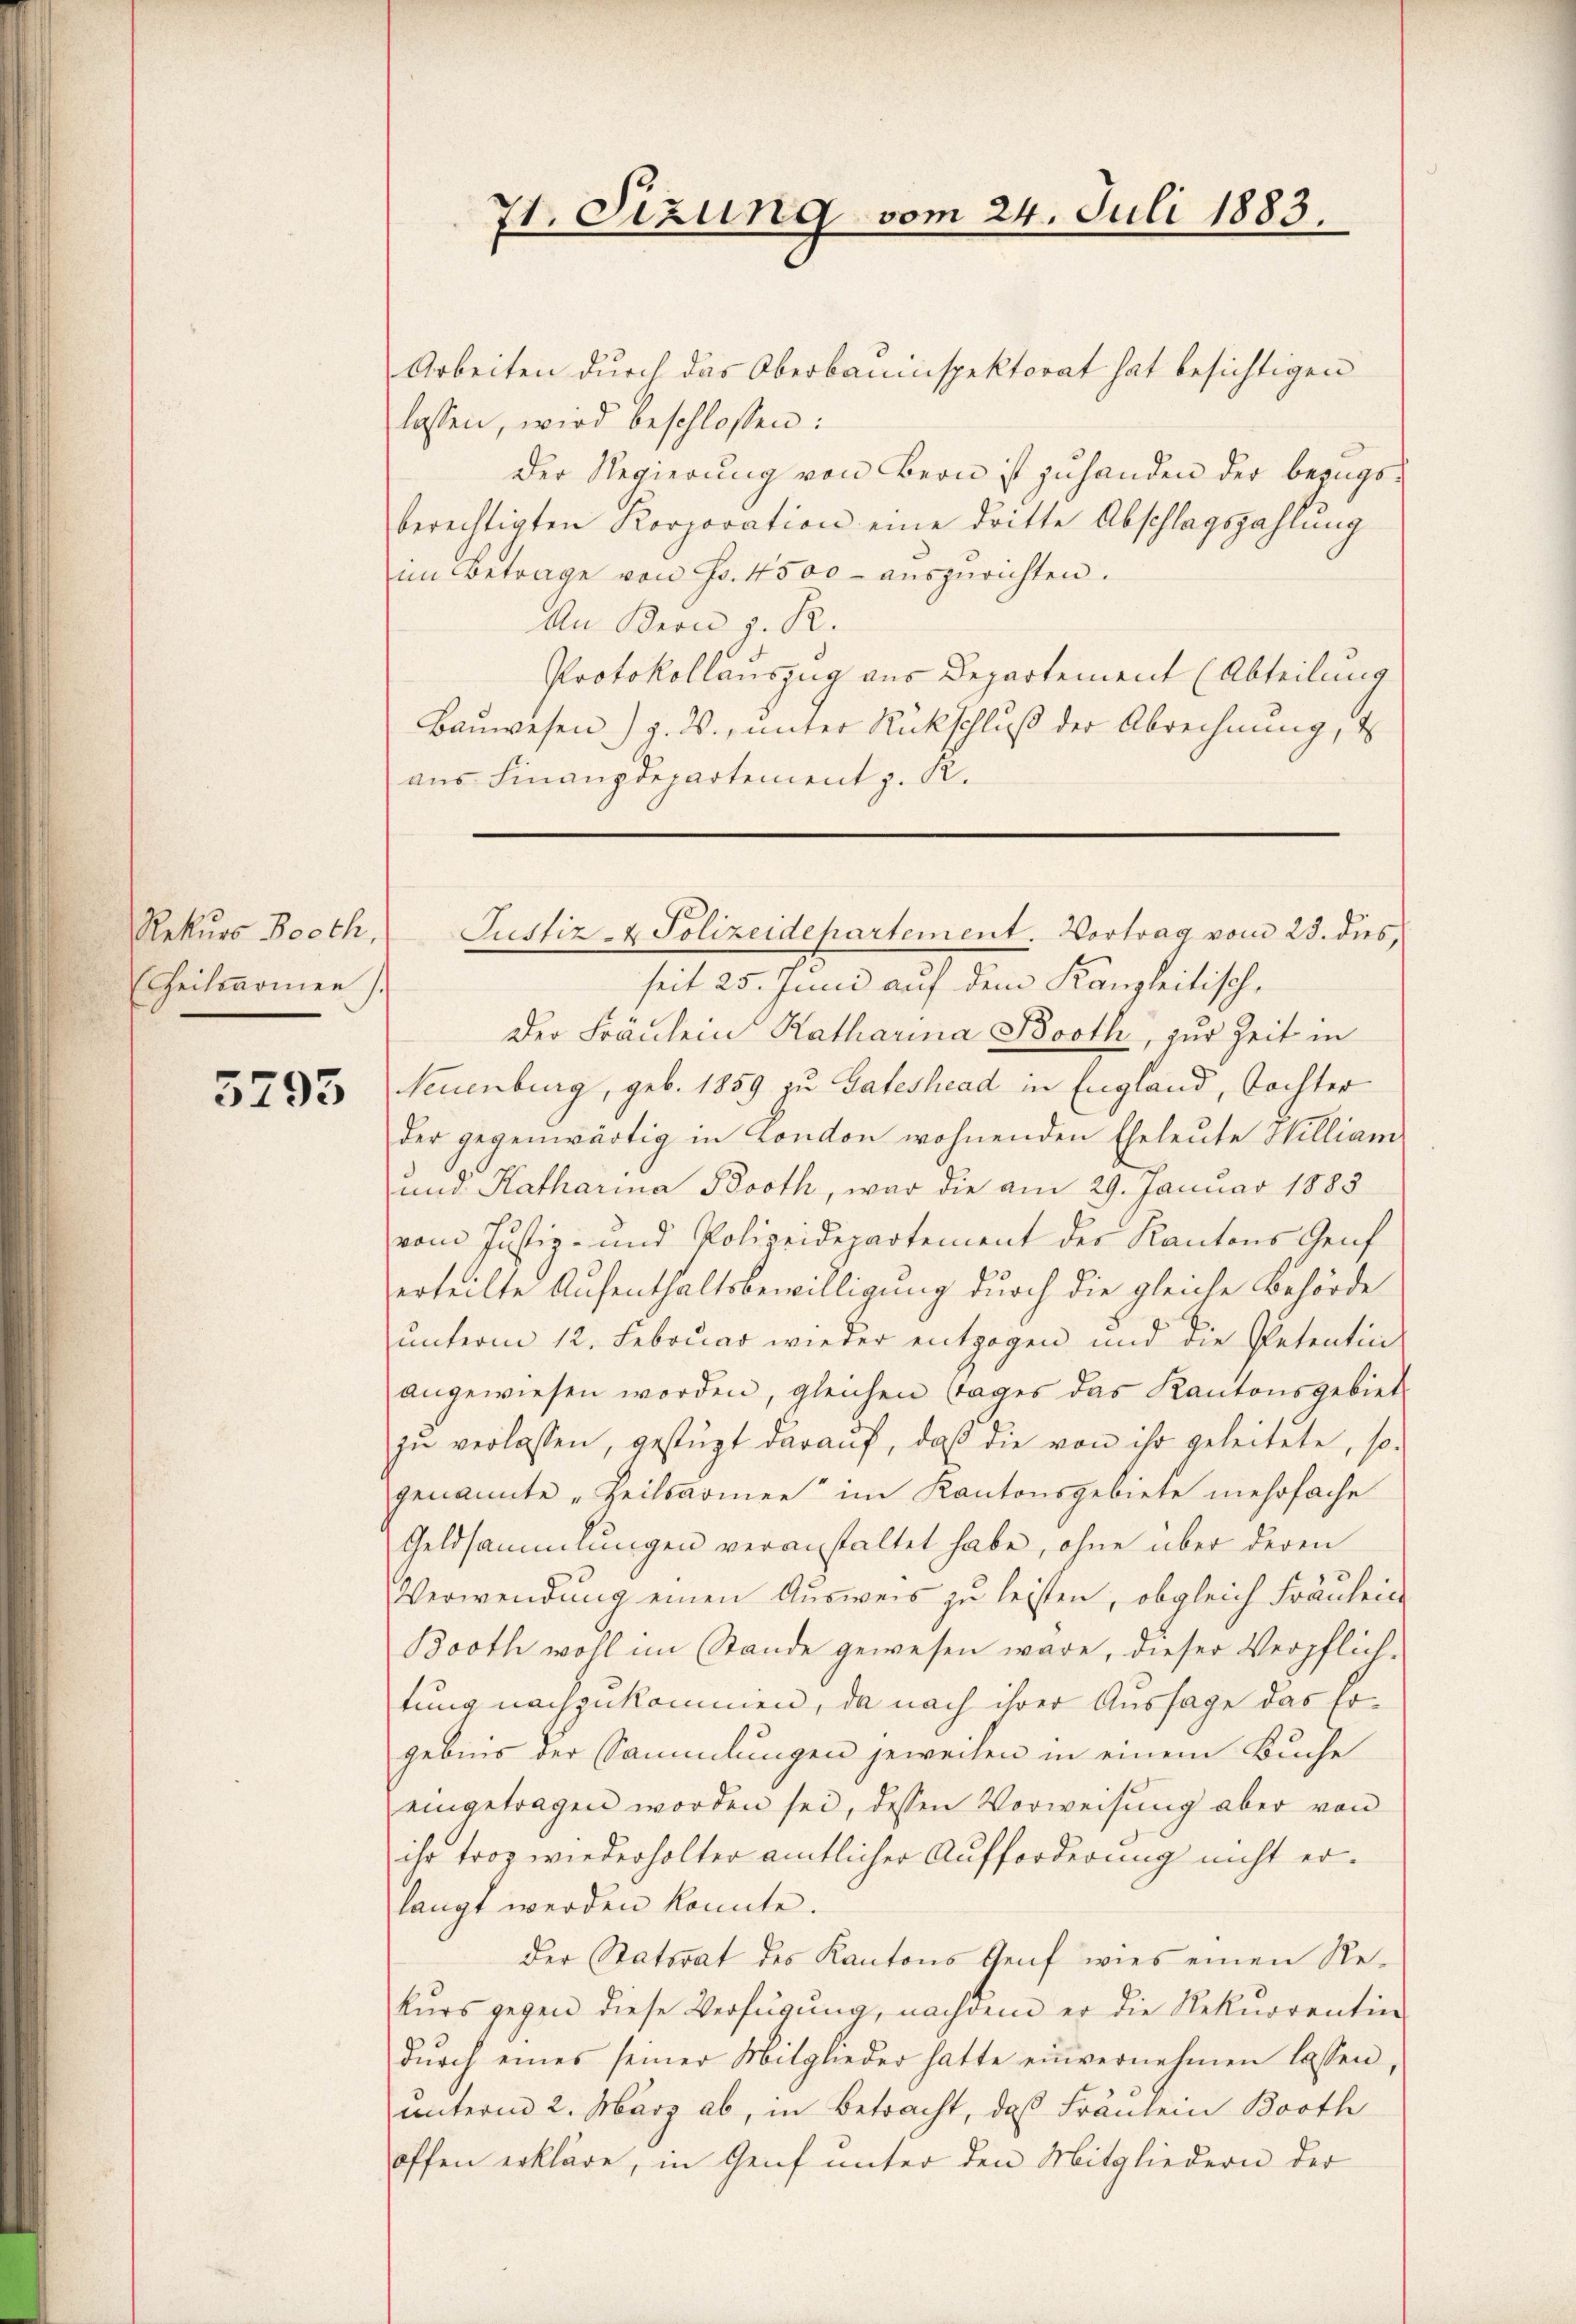
Rekurs Booth,
(theilsarmen

3793

Arbeiten durch das Oberbauinspektorat hat besichtigen
lassen, wird beschlossen:
Der Regierung von Bern ist zuhanden der Bezugsberechtigten Korporation eine dritte Abschlagszahlung
im Betrage von Fr. 4500 aŭszŭrichten.
An Kern z. R.
Protokollauszug aus Departement (Abteilung
Bauwesen) Z. W., unter Rückschluß der Abrechnung, d
aus Finanzdepartement z. R.

71. Sizung vom 24. Juli 1883.

seit 25. Juni auf dem Kanzleitisch,
Der Fräulein Katharina Booth, zur Zeit in
Neuenburg, geb. 1859 zu Gateshead in England, Tochter
der gegenwärtig in London wohnenden Eheleute William
und Katharina Broth, war die am 29. Januar 1883
vom Justiz- und Polizeidepartement der Kantons Genf
erteilte Aufenthaltsbewilligung durch die gleiche Behörde
unterm 12. Februar wieder entzogen und die Petentin
angewiesen worden, gleichen Tages das Kantonsgebiet
zu verlassen, gestüzt darauf, daß die von ihr geleitete, so-
genannte „Heilsarmen“ im Kantonsgebiete mehrfache
Geldsammlungen veranstaltet habe, ohne über deren
Verwendung einen Ausweis zu leisten, obgleich Fräuleit
Booth wohl im Stande gewesen wäre, dieser Verpflich-
tung nachzukommen, da nach ihrer Aussage das Ergebnis der Sammlungen jeweilen in einem Buche
eingetragen worden sei, dessen Vorweisung aber von
ihr troz wiederholter amtlicher Aufforderung nicht er-
langt werden könnte.
der Ratsrat des Kantons Genf wies einen Rekŭrs gegen diese Verfügung, nachdem er die Rekurrentin
dŭrch eines seiner Mitglieder hatte einvernehmen lassen,
unterm 2. März ab, in Betracht, daß Fräulein Booth
offen erkläre, in Genf unter den Mitgliedern der

Justiz- & Polizeidepartement. Vortrag vom 23. dies,